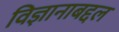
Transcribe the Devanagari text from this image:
विज्ञानाबद्दल